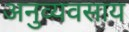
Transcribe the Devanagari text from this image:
अनुव्यवसाय